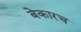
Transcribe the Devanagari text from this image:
बेकारच